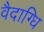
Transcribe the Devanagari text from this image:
वैदाग्धि